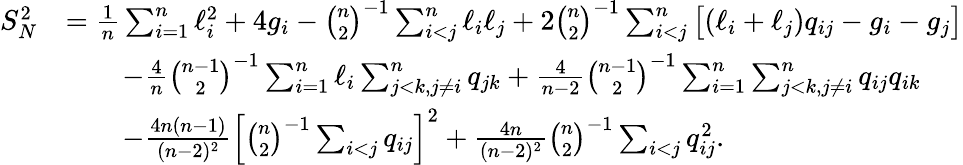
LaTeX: \begin{array}{rl}{S_{N}^{2}}&{=\frac{1}{n}\sum_{i=1}^{n}\ell_{i}^{2}+4g_{i}-\binom{n}{2}^{-1}\sum_{i<j}^{n}\ell_{i}\ell_{j}+2\binom{n}{2}^{-1}\sum_{i<j}^{n}\big[(\ell_{i}+\ell_{j})q_{ij}-g_{i}-g_{j}\big]}\\ &{\qquad-\frac{4}{n}\binom{n-1}{2}^{-1}\sum_{i=1}^{n}\ell_{i}\sum_{j<k,j\neq i}^{n}q_{jk}+\frac{4}{n-2}\binom{n-1}{2}^{-1}\sum_{i=1}^{n}\sum_{j<k,j\neq i}^{n}q_{ij}q_{ik}}\\ &{\qquad-\frac{4n(n-1)}{(n-2)^{2}}\left[\binom{n}{2}^{-1}\sum_{i<j}q_{ij}\right]^{2}+\frac{4n}{(n-2)^{2}}\binom{n}{2}^{-1}\sum_{i<j}q_{ij}^{2}.}\end{array}